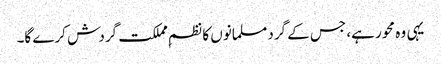
یہی وہ محور ہے، جس کے گرد مسلمانوں کا نظمِ مملکت گردش کرے گا۔